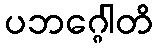
ပဘဂ္ဂေါတိ